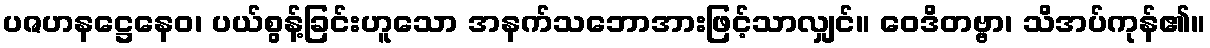
ပဇဟနဋ္ဌေနေဝ၊ ပယ်စွန့်ခြင်းဟူသော အနက်သဘောအားဖြင့်သာလျှင်။ ဝေဒိတဗ္ဗာ၊ သိအပ်ကုန်၏။